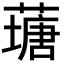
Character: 䕋